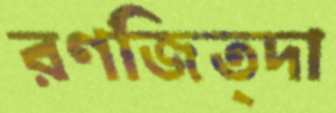
রণজিত্দা